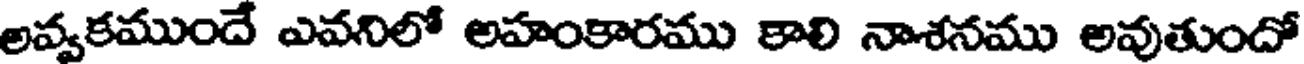
అవ్వకముందే ఎవనిలో అహంకారము కాలి నాశనము అవుతుందో